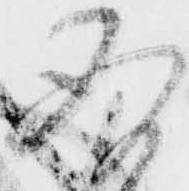
存